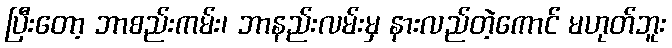
ပြီးတော့ ဘာစည်းကမ်း၊ ဘာနည်းလမ်းမှ နားလည်တဲ့ကောင် မဟုတ်ဘူး